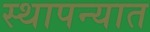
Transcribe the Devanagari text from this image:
स्थापन्यात